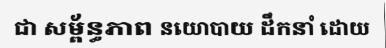
ជា សម្ព័ន្ធភាព នយោបាយ ដឹកនាំ ដោយ